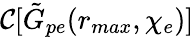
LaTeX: \mathcal{C}[\tilde{G}_{pe}(r_{max},\chi_{e})]